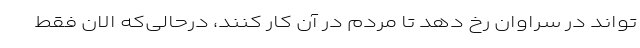
‌تواند در سراوان رخ دهد تا مردم در آن کار کنند، درحالی‌که الان فقط